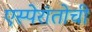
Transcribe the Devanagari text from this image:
एस्पेरांतोची